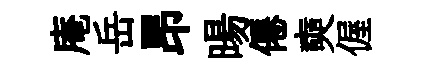
庵岳昂暘僊奭偓